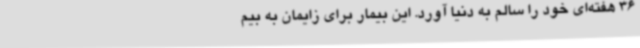
36 هفته‌ای خود را سالم به دنیا آورد. این بیمار برای زایمان به بیم